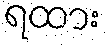
ရထား